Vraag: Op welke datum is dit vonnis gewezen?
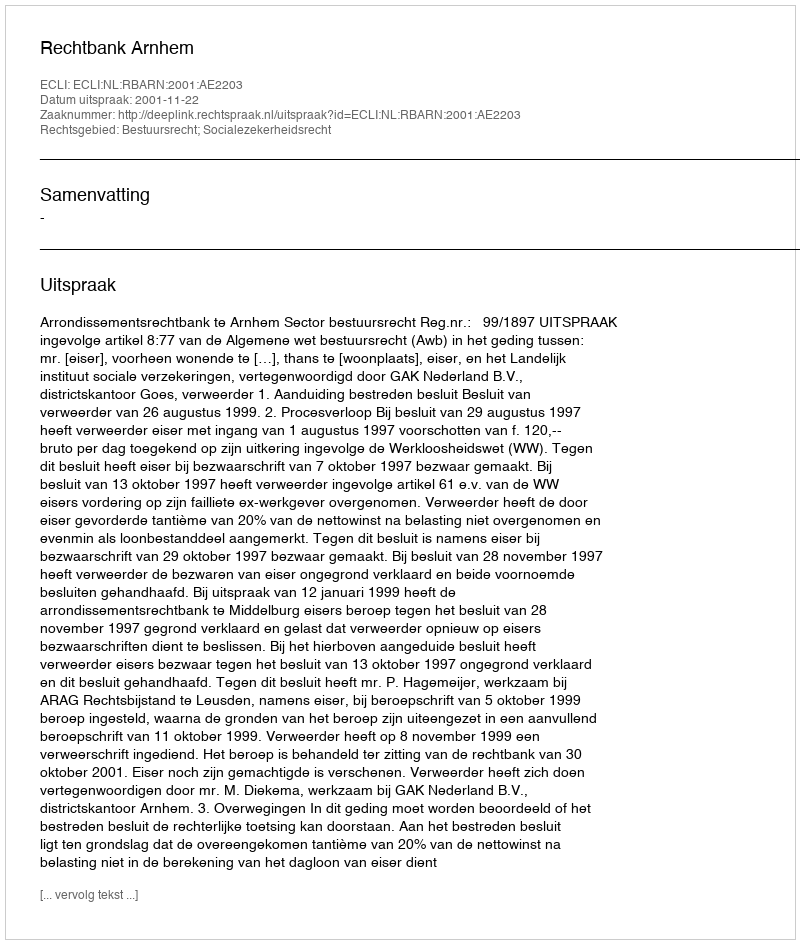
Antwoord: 2001-11-22